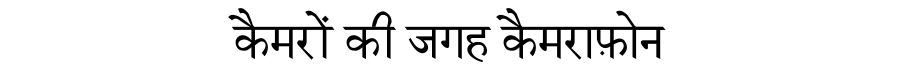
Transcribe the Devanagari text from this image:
कैमरों की जगह कैमराफ़ोन